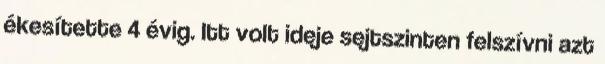
ékesítette 4 évig. Itt volt ideje sejtszinten felszívni azt